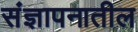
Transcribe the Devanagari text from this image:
संज्ञापनातील